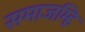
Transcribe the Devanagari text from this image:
समाजम्हि